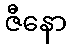
ဇီနော